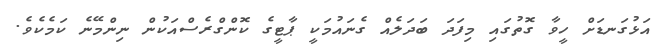
އަޅުގަނޑަށް ހީވާ ގޮތުގައި މިފަދަ ބަދަލެއް ގެނައުމަކީ ޕާޓީގެ ކޮންގްރެސްއަކުން ނިންމޭނެ ކަމެކެވެ.